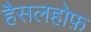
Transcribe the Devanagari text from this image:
हैसलहोफ़